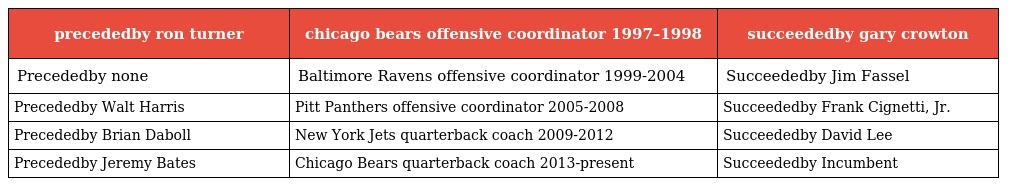
| precededby ron turner | chicago bears offensive coordinator 1997–1998 | succeededby gary crowton |
 | --- | --- | --- |
 | Precededby none | Baltimore Ravens offensive coordinator 1999-2004 | Succeededby Jim Fassel |
 | Precededby Walt Harris | Pitt Panthers offensive coordinator 2005-2008 | Succeededby Frank Cignetti, Jr. |
 | Precededby Brian Daboll | New York Jets quarterback coach 2009-2012 | Succeededby David Lee |
 | Precededby Jeremy Bates | Chicago Bears quarterback coach 2013-present | Succeededby Incumbent |